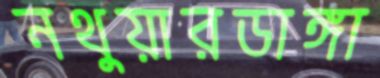
নথুয়ারডাঙ্গা